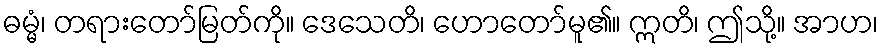
ဓမ္မံ၊ တရားတော်မြတ်ကို။ ဒေသေတိ၊ ဟောတော်မူ၏။ ဣတိ၊ ဤသို့။ အာဟ၊